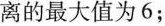
离的最大值为6；